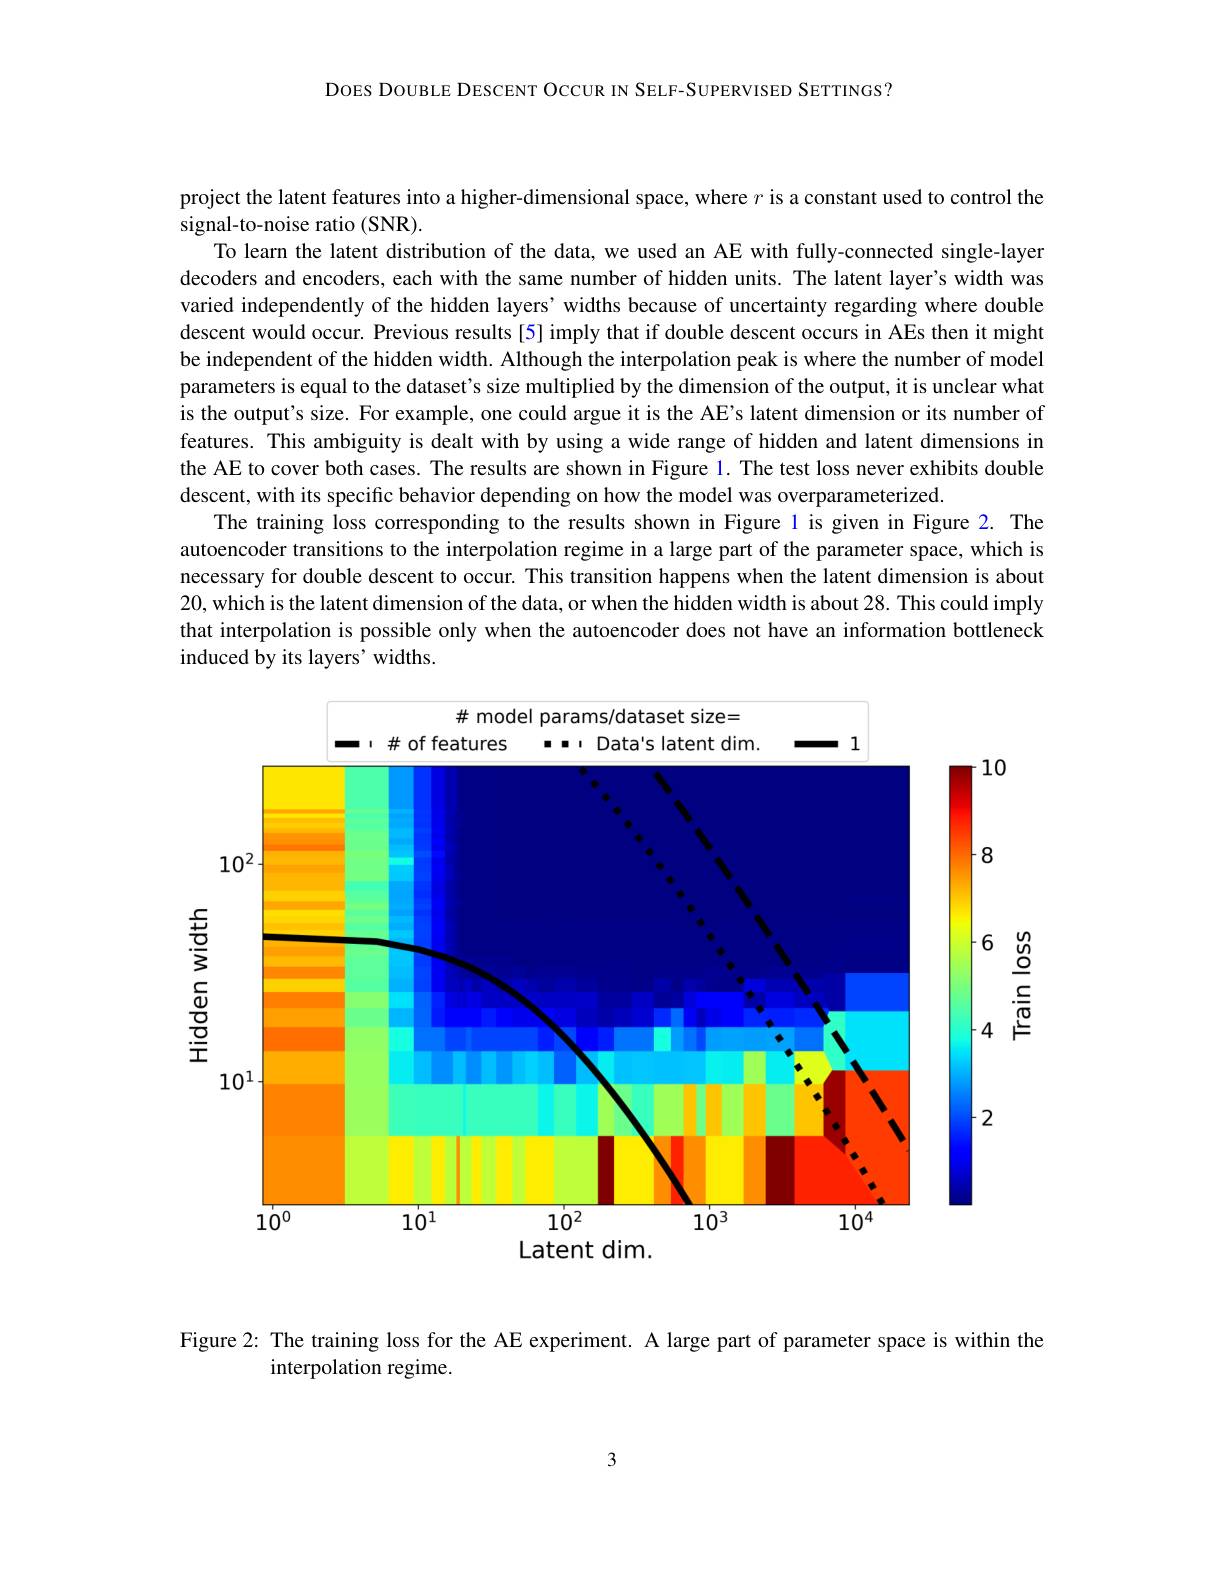
DOES DOUBLE DESCENT OCCUR IN SELF-SUPERVISED SETTINGS?

project the latent features into a higher-dimensional space, where $r$ is a constant used to control the
signal-to-noise ratio (SNR).
To learn the latent distribution of the data, we used an AE with fully-connected single-layer decoders and encoders, each with the same number of hidden units. The latent layer's width was varied independently of the hidden layers’ widths because of uncertainty regarding where double descent would occur. Previous results [5] imply that if double descent occurs in AEs then it might be independent of the hidden width. Although the interpolation peak is where the number of model parameters is equal to the dataset's size multiplied by the dimension of the output, it is unclear what is the output's size. For example, one could argue it is the AE's latent dimension or its number of features. This ambiguity is dealt with by using a wide range of hidden and latent dimensions in the AE to cover both cases. The results are shown in Figure l. The test loss never exhibits double descent, with its specific behavior depending on how the model was overparameterized.
The training loss corresponding to the results shown in Figure l is given in Figure 2. The autoencoder transitions to the interpolation regime in a large part of the parameter space, which is necessary for double descent to occur. This transition happens when the latent dimension is about 20, which is the latent dimension of the data, or when the hidden width is about 28. This could imply that interpolation is possible only when the autoencoder does not have an information bottleneck induced by its layers' widths.

<FigureHere>

夢ర్ర్రీ
Latent dim.

Train loss

Figure 2: The training loss for the AE experiment. A large part of parameter space is within the
interpolation regime.

3